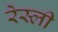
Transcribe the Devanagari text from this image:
रेस्ली